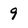
Character: 9